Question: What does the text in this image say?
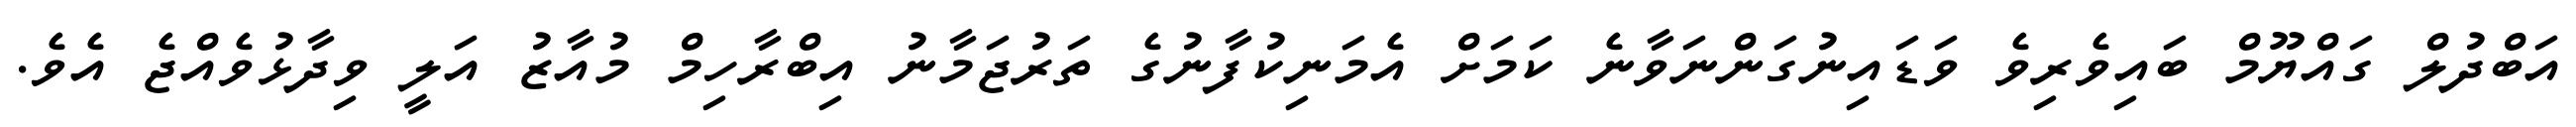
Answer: އަބްދުލް ގައްޔޫމް ބައިވެރިވެ ވަޑައިނުގަންނަވާނެ ކަމަށް އެމަނިކުފާނުގެ ތަރުޖަމާނު އިބްރާހިމް މުއާޒު އަލީ ވިދާޅުވެއްޖެ އެވެ.